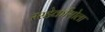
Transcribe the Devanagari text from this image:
रस्डेर्कासोला